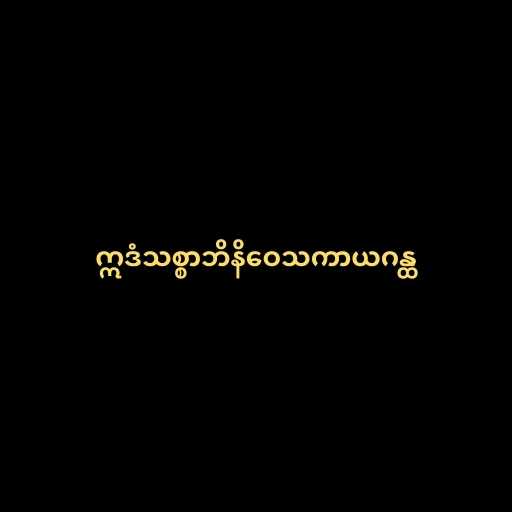
ဣဒံသစ္စာဘိနိဝေသကာယဂန္ထ